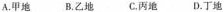
A.甲地 B.乙地 C.丙地 D.丁地